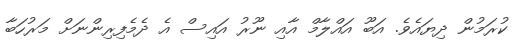
ކުރަމުން ދިޔައެވެ. އަބޫ އައްލާމް އާއި ނޫރު އައިސް އެ ދެމެފިރިންނަށް މަރުހަބާ